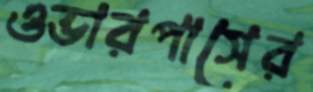
ওভারপাসের